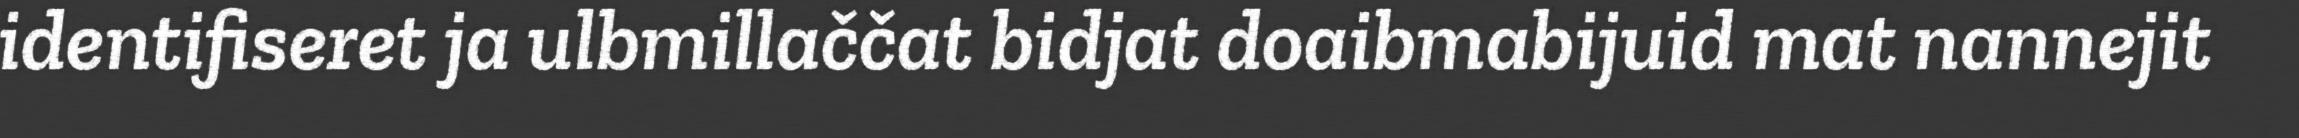
identifiseret ja ulbmillaččat bidjat doaibmabijuid mat nannejit